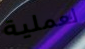
لعملية